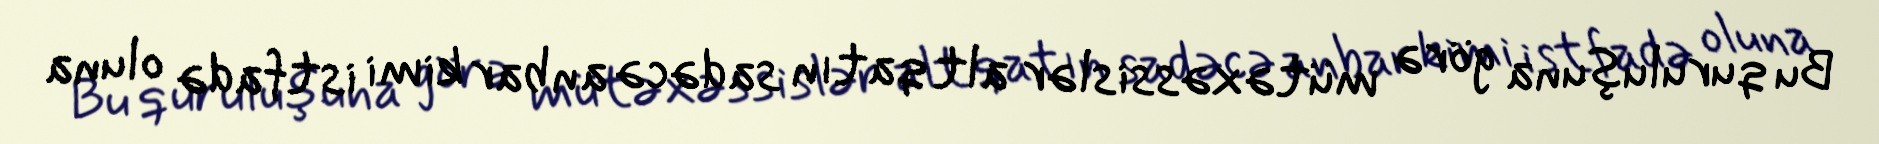
Bu quruluşuna görə mütəxəssislər alt qatın sadəcə anbar kimi istfadə oluna